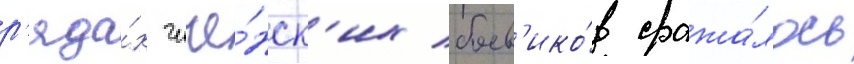
р'яда́х чече́нск'их боев'ико́в сража́лось